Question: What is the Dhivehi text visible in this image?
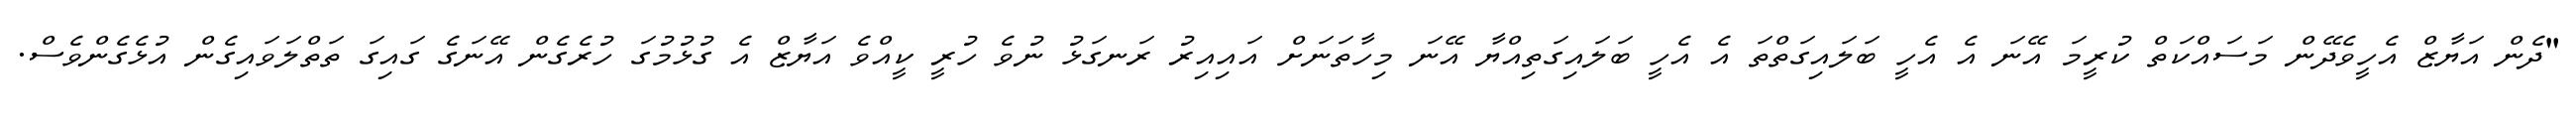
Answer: "ދެން އަޔާޒް އެހީވެދޭން މަސައްކަތް ކުރީމަ އޭނަ އެ އެހީ ބަލައިގަތްތަ އެ އެހީ ބަލައިގަތިއްޔާ އޭނަ މިހާތަނަށް އައިއިރު ރަނގަޅު ނުވެ ހުރީ ކީއްވެ އަޔާޒް އެ ގުޅުމުގަ ހުރެގެން އޭނަގެ ގައިގަ ތަތްލަވައިގެން އުޅެގެންވެސް.